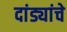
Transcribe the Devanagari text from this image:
दांड्यांचे